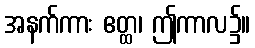
အနက်ကား ဧတ္ထ၊ ဤကာလ၌။